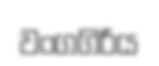
වංගගිරිය